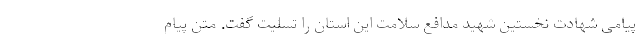
پیامی شهادت نخستین شهید مدافع سلامت این استان را تسلیت گفت. متن پیام